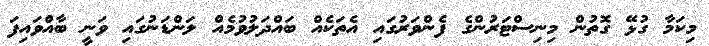
މިކަމާ ގުޅޭ ގޮތުން މިނިސްޓަރުންގެ ފެންވަރުގައި އެތަކެއް ބައްދަލުވުމެއް ލަންޑަނުގައި ވަނީ ބާއްވައިފަ